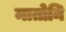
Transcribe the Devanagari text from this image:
मातोनि